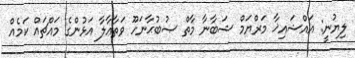
ލިޔުނީ: އައްޝައިޚާ މަރްޔަމް ޝަބާނާ މާތް ޞުބުޙާނަހޫ ވަތާޢާލާ އަޅުންގެ މައްޗައް ކަމެއް